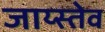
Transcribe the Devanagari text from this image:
जाय्स्तेव